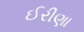
ઈરીણા